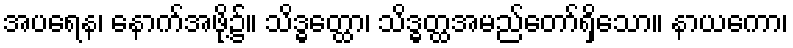
အပရေန၊ နောက်အဖို့၌။ သိဒ္ဓတ္ထော၊ သိဒ္ဓတ္ထအမည်တော်ရှိသော။ နာယကော၊